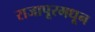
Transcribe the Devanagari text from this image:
राजापूरमधून